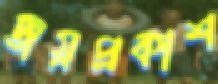
জয়প্রকাশ